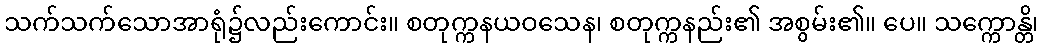
သက်သက်သောအာရုံ၌လည်းကောင်း။ စတုက္ကနယဝသေန၊ စတုက္ကနည်း၏ အစွမ်း၏။ ပေ။ သက္ကောန္တိ၊